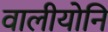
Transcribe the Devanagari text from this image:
वालीयोनि